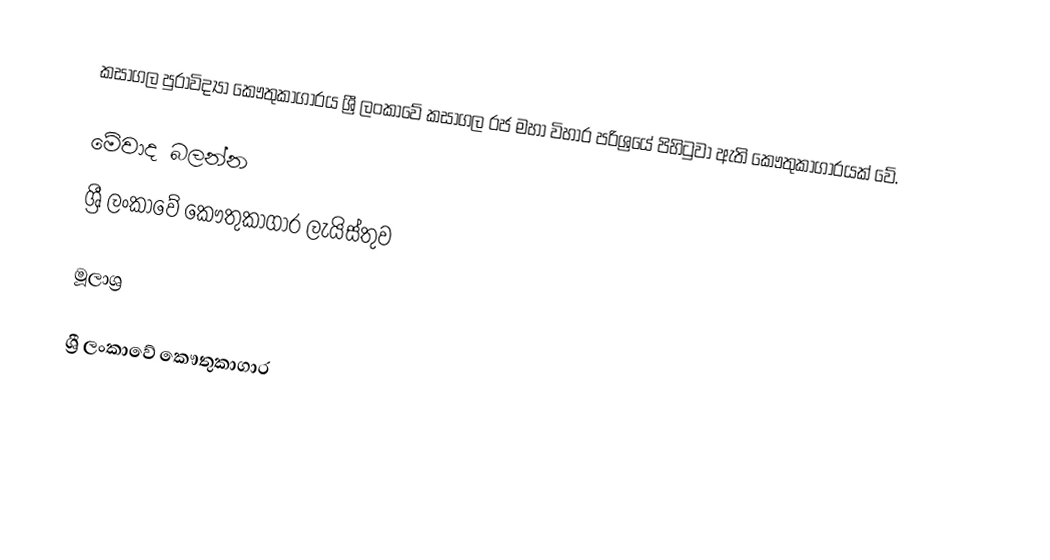
කසාගල පුරාවිද්‍යා කෞතුකාගාරය ශ්‍රී ලංකාවේ කසාගල රජ මහා විහාර පරිශ්‍රයේ පිහිටුවා ඇති කෞතුකාගාරයක් වේ.

මේවාද බලන්න
ශ්‍රී ලංකාවේ කෞතුකාගාර ලැයිස්තුව

මූලාශ්‍ර

ශ්‍රී ලංකාවේ කෞතුකාගාර